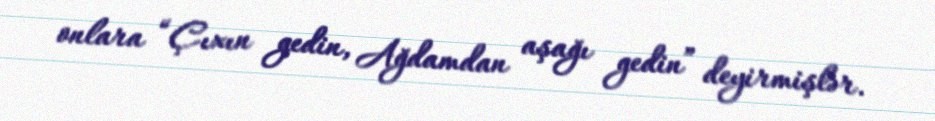
onlara “Çıxın gedin, Ağdamdan aşağı gedin” deyirmişlər.